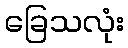
ခြေသလုံး